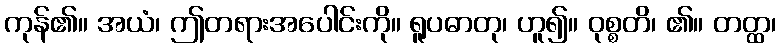
ကုန်၏။ အယံ၊ ဤတရားအပေါင်းကို။ ရူပဓာတု၊ ဟူ၍။ ဝုစ္စတိ၊ ၏။ တတ္ထ၊